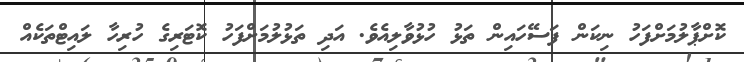
ކޮށްޕާލުމަށްފަހު ނިކަން ފަސޭހައިން ތަޅު ހުޅުވާލިއެވެ. އަދި ތަޅުލުމަށްފަހު ކޮޓަރިގެ ހުރިހާ ލައިޓްތަކެއް